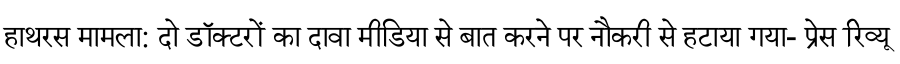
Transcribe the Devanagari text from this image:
हाथरस मामला: दो डॉक्टरों का दावा मीडिया से बात करने पर नौकरी से हटाया गया- प्रेस रिव्यू